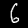
Digit: 6